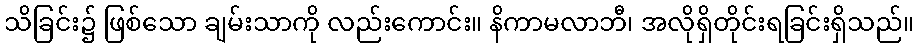
သိခြင်း၌ ဖြစ်သော ချမ်းသာကို လည်းကောင်း။ နိကာမလာဘီ၊ အလိုရှိတိုင်းရခြင်းရှိသည်။